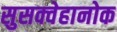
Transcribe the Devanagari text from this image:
सुसक्वेहानोक